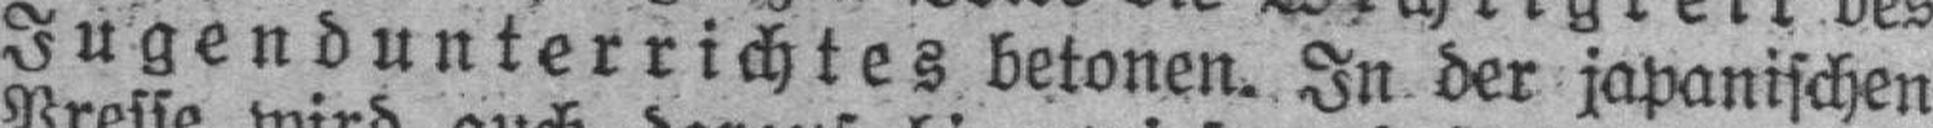
Jugendunterrichtes betonen. In der japanischen